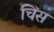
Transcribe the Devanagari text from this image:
चिंस